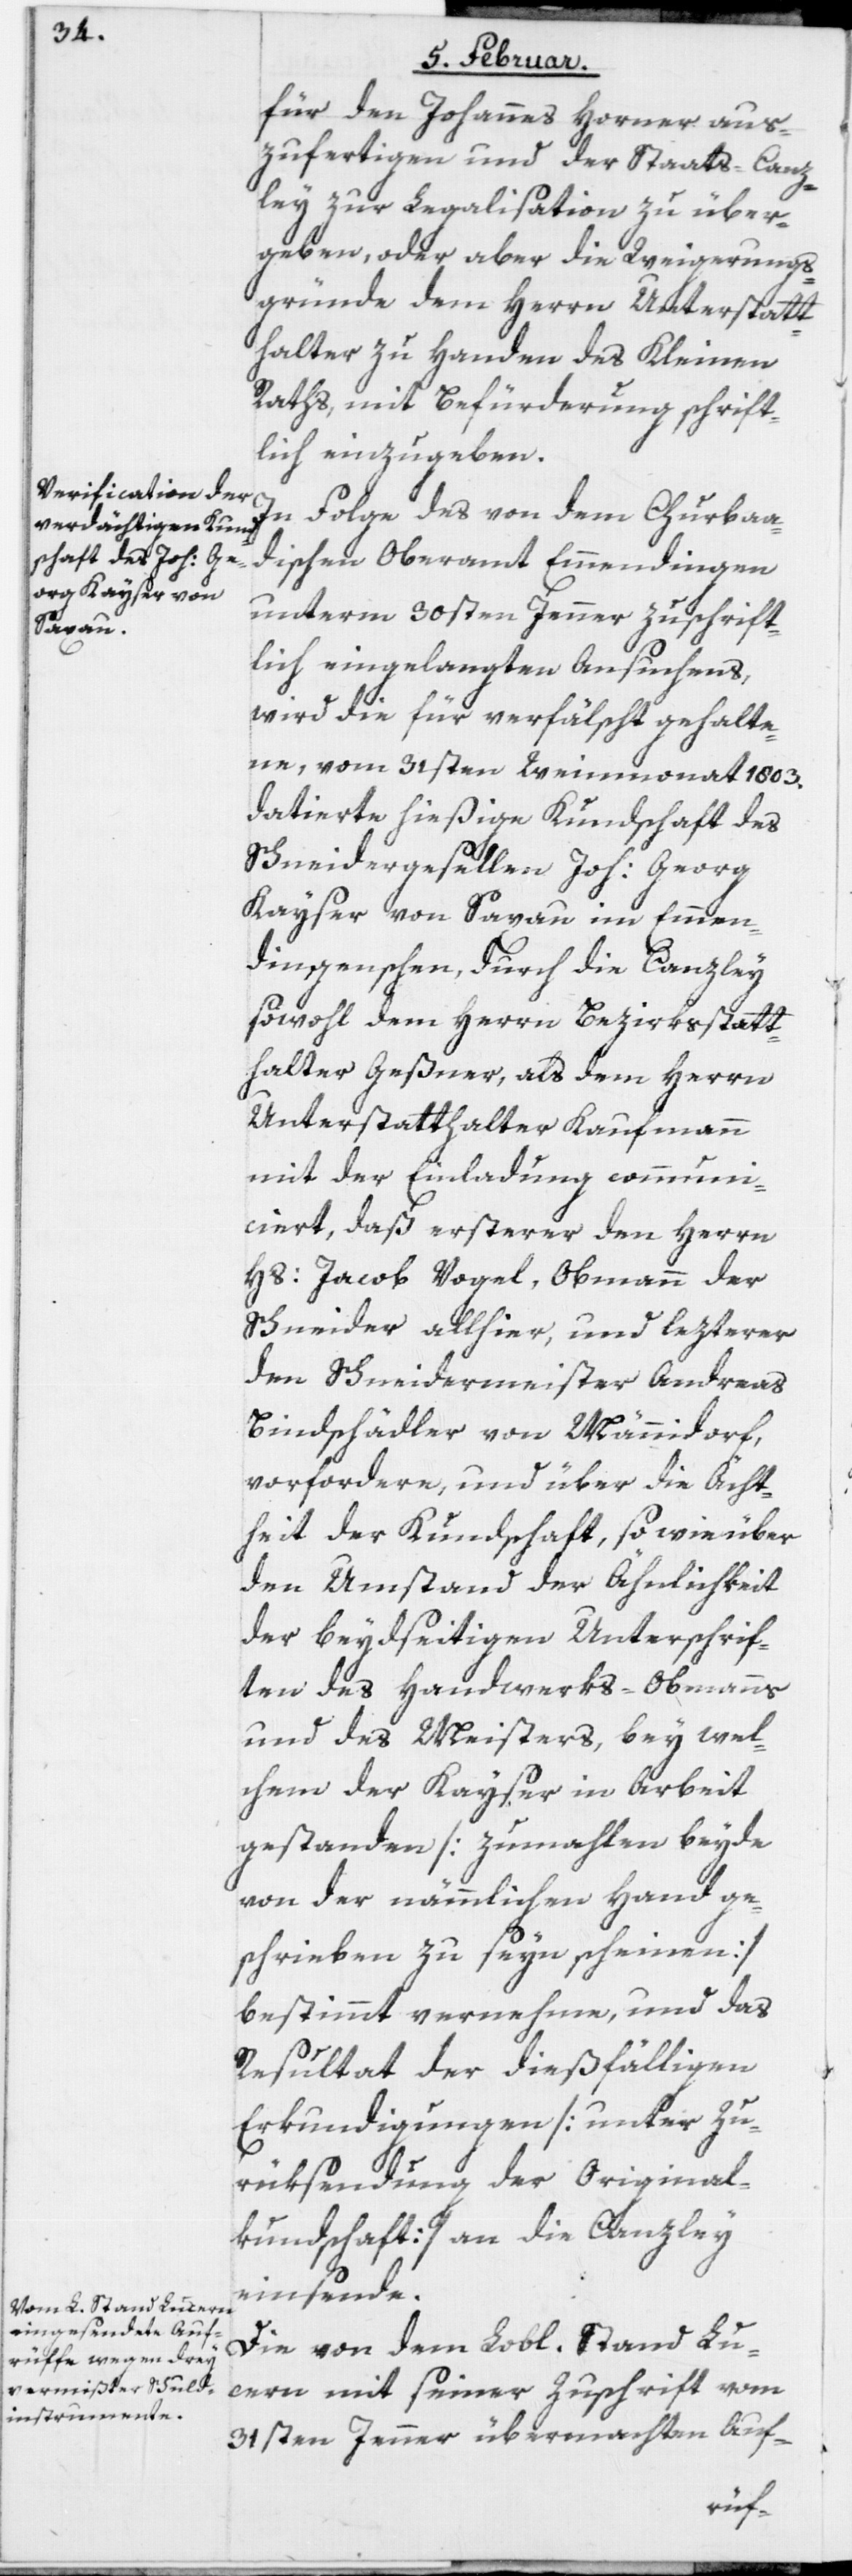
für den Johannes Horner aus¬
zufertigen und der Staats-Canz¬
ley zur Legalisation zu über¬
geben, oder aber die Weigerungs¬
gründe dem Herrn Unterstatt¬
halter zu Handen des Kleinen
Raths, mit Befürderung schrift¬
lich einzugeben.
In Folge des von dem Churba¬
dischen Oberamt Emmendingen
unterm 30sten Jenner zuschrift¬
lich eingelangten Ansuchens,
wird die für verfälscht gehalte¬
ne, vom 31sten Weinmonat 1803.
datierte hießige Kundschaft des
Schneidergesellen Joh: Georg
Kayser von Saxau im Emmen¬
dingenschen, durch die Canzley
sowohl dem Herrn Bezirksstatt¬
halter Geßner, als dem Herrn
Unterstatthalter Kaufmann
mit der Einladung communi¬
ciert, daß ersterer den Herrn
Hs: Jacob Vogel, Obmann der
Schneider allhier, und lezterer
den Schneidermeister Andreas
Bindschädler von Männidorf,
vorfordere, und über die Ächt¬
heit der Kundschaft, so wie über
den Umstand der Ähnlichkeit
der beydseitigen Unterschrif¬
ten des Handwerks-Obmanns
und des Meisters, bey wel¬
chem der Kayser in Arbeit
gestanden [zumahlen beyde
von der nämmlichen Hand ge¬
schrieben zu seyn scheinen]
bestimmt vernehme, und das
Resultat der dießfälligen
Erkundigungen [unter Zu¬
rüksendung der Original¬
kundschaft] an die Canzley
einsende.
Die von dem Lobl. Stand Lu¬
cern mit seiner Zuschrift vom
31sten Jenner übermachten Auf-